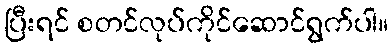
ပြီးရင် စတင်လုပ်ကိုင်ဆောင်ရွက်ပါ။